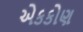
એકકોણ